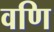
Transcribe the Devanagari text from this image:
वणि